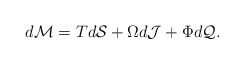
\begin{align*}d\mathcal{M}=Td\mathcal{S}+\Omega d\mathcal{J}+\Phi d\mathcal{Q}.\end{align*}